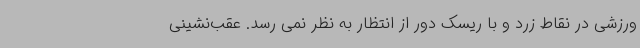
ورزشی در نقاط زرد و با ریسک دور از انتظار به نظر نمی رسد. عقب‌نشینی